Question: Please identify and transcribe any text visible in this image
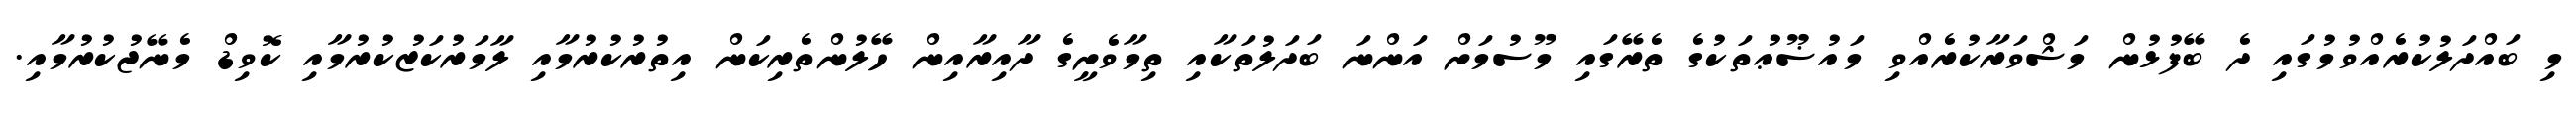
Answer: މި ބައްދަލުކުރެއްވުމުގައި ދެ ބޭފުޅުން މަޝްވަރާކުރެއްވި މައުޟޫޢުތަކުގެ ތެރޭގައި މޫސުމަށް އަންނަ ބަދަލުތަކާއި ތިމާވެށީގެ ދާއިރާއިން ހޭލުންތެރިކަން އިތުރުކުރުމާއި ލާމަރުކަޒުކުރުމާއި ކޮވިޑް މެނޭޖުކުރުމާއި.